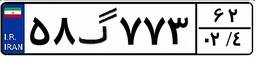
۳۶گ۵۹۹۶۵